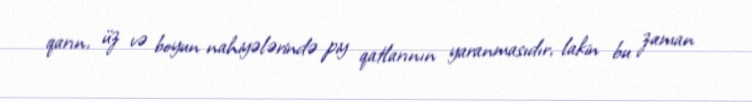
qarın, üz və boyun nahiyələrində piy qatlarının yaranmasıdır, lakin bu zaman